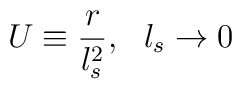
U \equiv \frac{r}{l_s^2},\ \ l_s \rightarrow 0